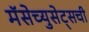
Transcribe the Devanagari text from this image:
मॅसेच्युसेट्सची